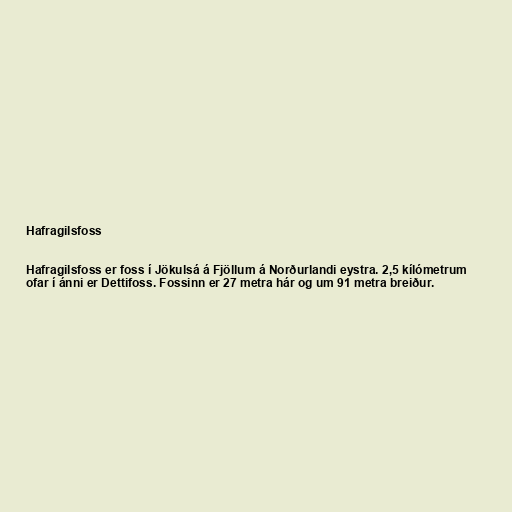
Hafragilsfoss

Hafragilsfoss er foss í Jökulsá á Fjöllum á Norðurlandi eystra. 2,5 kílómetrum
ofar í ánni er Dettifoss. Fossinn er 27 metra hár og um 91 metra breiður.